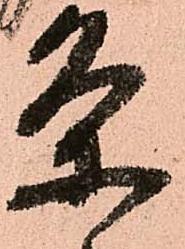
条